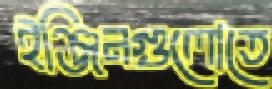
ইঞ্জিনগুলোতে